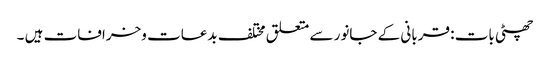
چھٹی بات : قربانی کے جانور سے متعلق مختلف بدعات وخرافات ہیں ۔